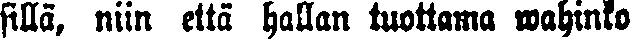
sillä, niin että hallan tuottama wahinko